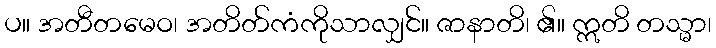
ပ။ အတီတမေဝ၊ အတိတ်ကံကိုသာလျှင်။ ဇာနာတိ၊ ၏။ ဣတိ တသ္မာ၊